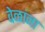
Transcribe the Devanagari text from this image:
वेळांना